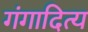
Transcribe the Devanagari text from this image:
गंगादित्य